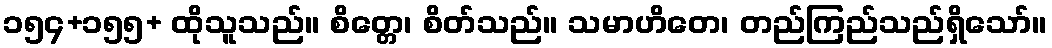
၁၅၄+၁၅၅+ ထိုသူသည်။ စိတ္တေ၊ စိတ်သည်။ သမာဟိတေ၊ တည်ကြည်သည်ရှိသော်။